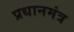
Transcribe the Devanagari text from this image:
प्रधानमंत्र